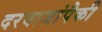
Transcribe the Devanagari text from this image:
दरवाजांपैकी